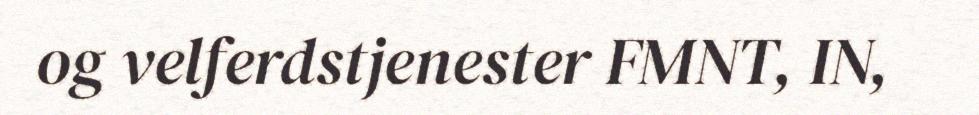
og velferdstjenester FMNT, IN,